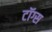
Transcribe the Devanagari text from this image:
टॉग्स